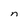
Character: n